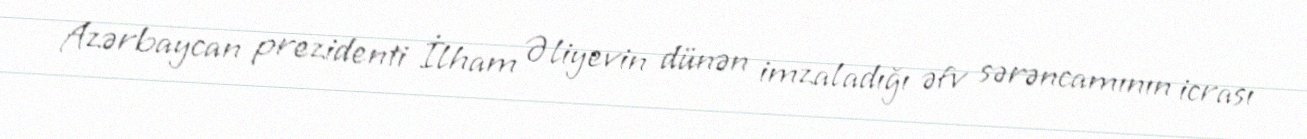
Azərbaycan prezidenti İlham Əliyevin dünən imzaladığı əfv sərəncamının icrası